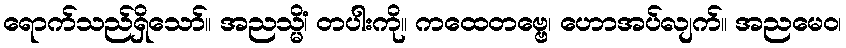
ရောက်သည်ရှိသော်။ အညသ္မိံ၊ တပါးကို။ ကထေတဗ္ဗေ၊ ဟောအပ်လျက်။ အညမေဝ၊